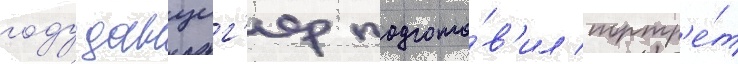
году данциг'ер подгото́в'ил портр'е́т